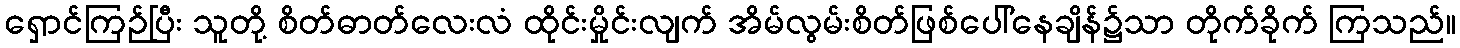
ရှောင်ကြဉ်ပြီး သူတို့ စိတ်ဓာတ်လေးလံ ထိုင်းမှိုင်းလျက် အိမ်လွမ်းစိတ်ဖြစ်ပေါ်နေချိန်၌သာ တိုက်ခိုက် ကြသည်။